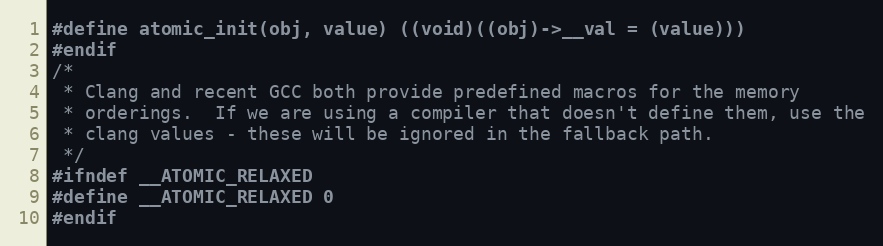
Language: C
#define atomic_init(obj, value) ((void)((obj)->__val = (value)))
#endif
/*
 * Clang and recent GCC both provide predefined macros for the memory
 * orderings.  If we are using a compiler that doesn't define them, use the
 * clang values - these will be ignored in the fallback path.
 */
#ifndef __ATOMIC_RELAXED
#define __ATOMIC_RELAXED 0
#endif